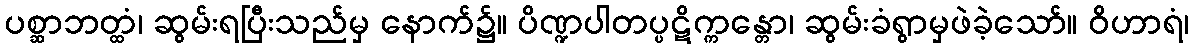
ပစ္ဆာဘတ္ထံ၊ ဆွမ်းရပြီးသည်မှ နောက်၌။ ပိဏ္ဍပါတပ္ပဋိက္ကန္တော၊ ဆွမ်းခံရွာမှဖဲခဲ့သော်။ ဝိဟာရံ၊